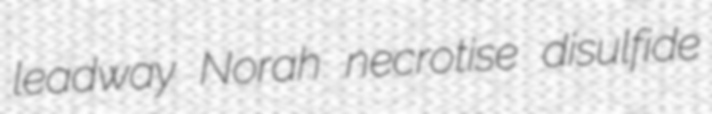
leadway Norah necrotise disulfide